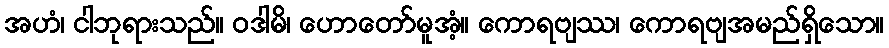
အဟံ၊ ငါဘုရားသည်။ ဝဒါမိ၊ ဟောတော်မူအံ့။ ကောရဗျဿ၊ ကောရဗျအမည်ရှိသော။